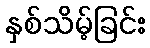
နှစ်သိမ့်ခြင်း